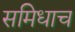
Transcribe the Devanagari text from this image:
समिधाच